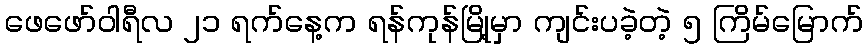
ဖေဖော်ဝါရီလ ၂၁ ရက်နေ့က ရန်ကုန်မြို့မှာ ကျင်းပခဲ့တဲ့ ၅ ကြိမ်မြောက်